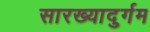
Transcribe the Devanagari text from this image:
सारख्यादुर्गम